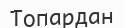
Топардан